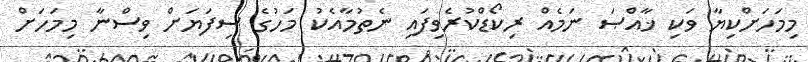
މިމަހަށްކިޔާ ވަކި ޚާއްޞަ ނަމެއް ރިކޯޑްކުރެވިފައި ނެތުމާއެކު މަހުގެ ސިފަޔަށް ވިސްނާ މިމަހަށް